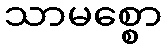
သာမစ္စော